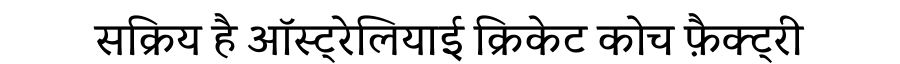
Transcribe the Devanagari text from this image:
सक्रिय है ऑस्ट्रेलियाई क्रिकेट कोच फ़ैक्ट्री